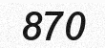
870